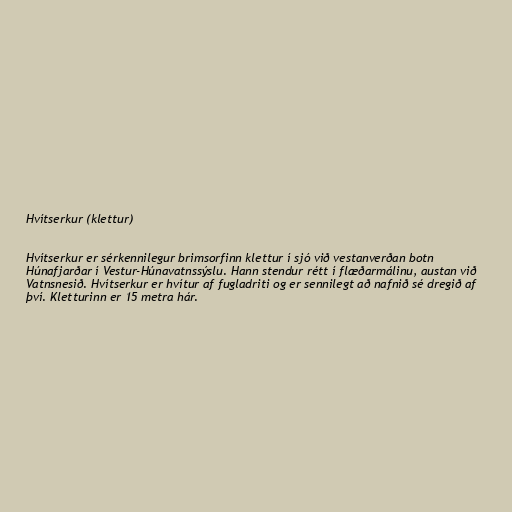
Hvítserkur (klettur)

Hvítserkur er sérkennilegur brimsorfinn klettur í sjó við vestanverðan botn
Húnafjarðar í Vestur-Húnavatnssýslu. Hann stendur rétt í flæðarmálinu, austan við
Vatnsnesið. Hvítserkur er hvítur af fugladriti og er sennilegt að nafnið sé dregið af
því. Kletturinn er 15 metra hár.